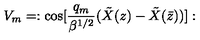
V _ { m } = : \mathrm { c o s } [ { \frac { q _ { m } } { \beta ^ { 1 / 2 } } } ( { \tilde { X } } ( z ) - { \tilde { X } } ( { \bar { z } } ) ) ] :